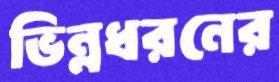
ভিন্নধরনের